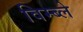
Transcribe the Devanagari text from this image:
विम्ब्ले